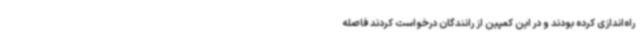
راه‌اندازی کرده بودند و در این کمپین از رانندگان درخواست کردند فاصله